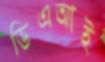
ডিএআই